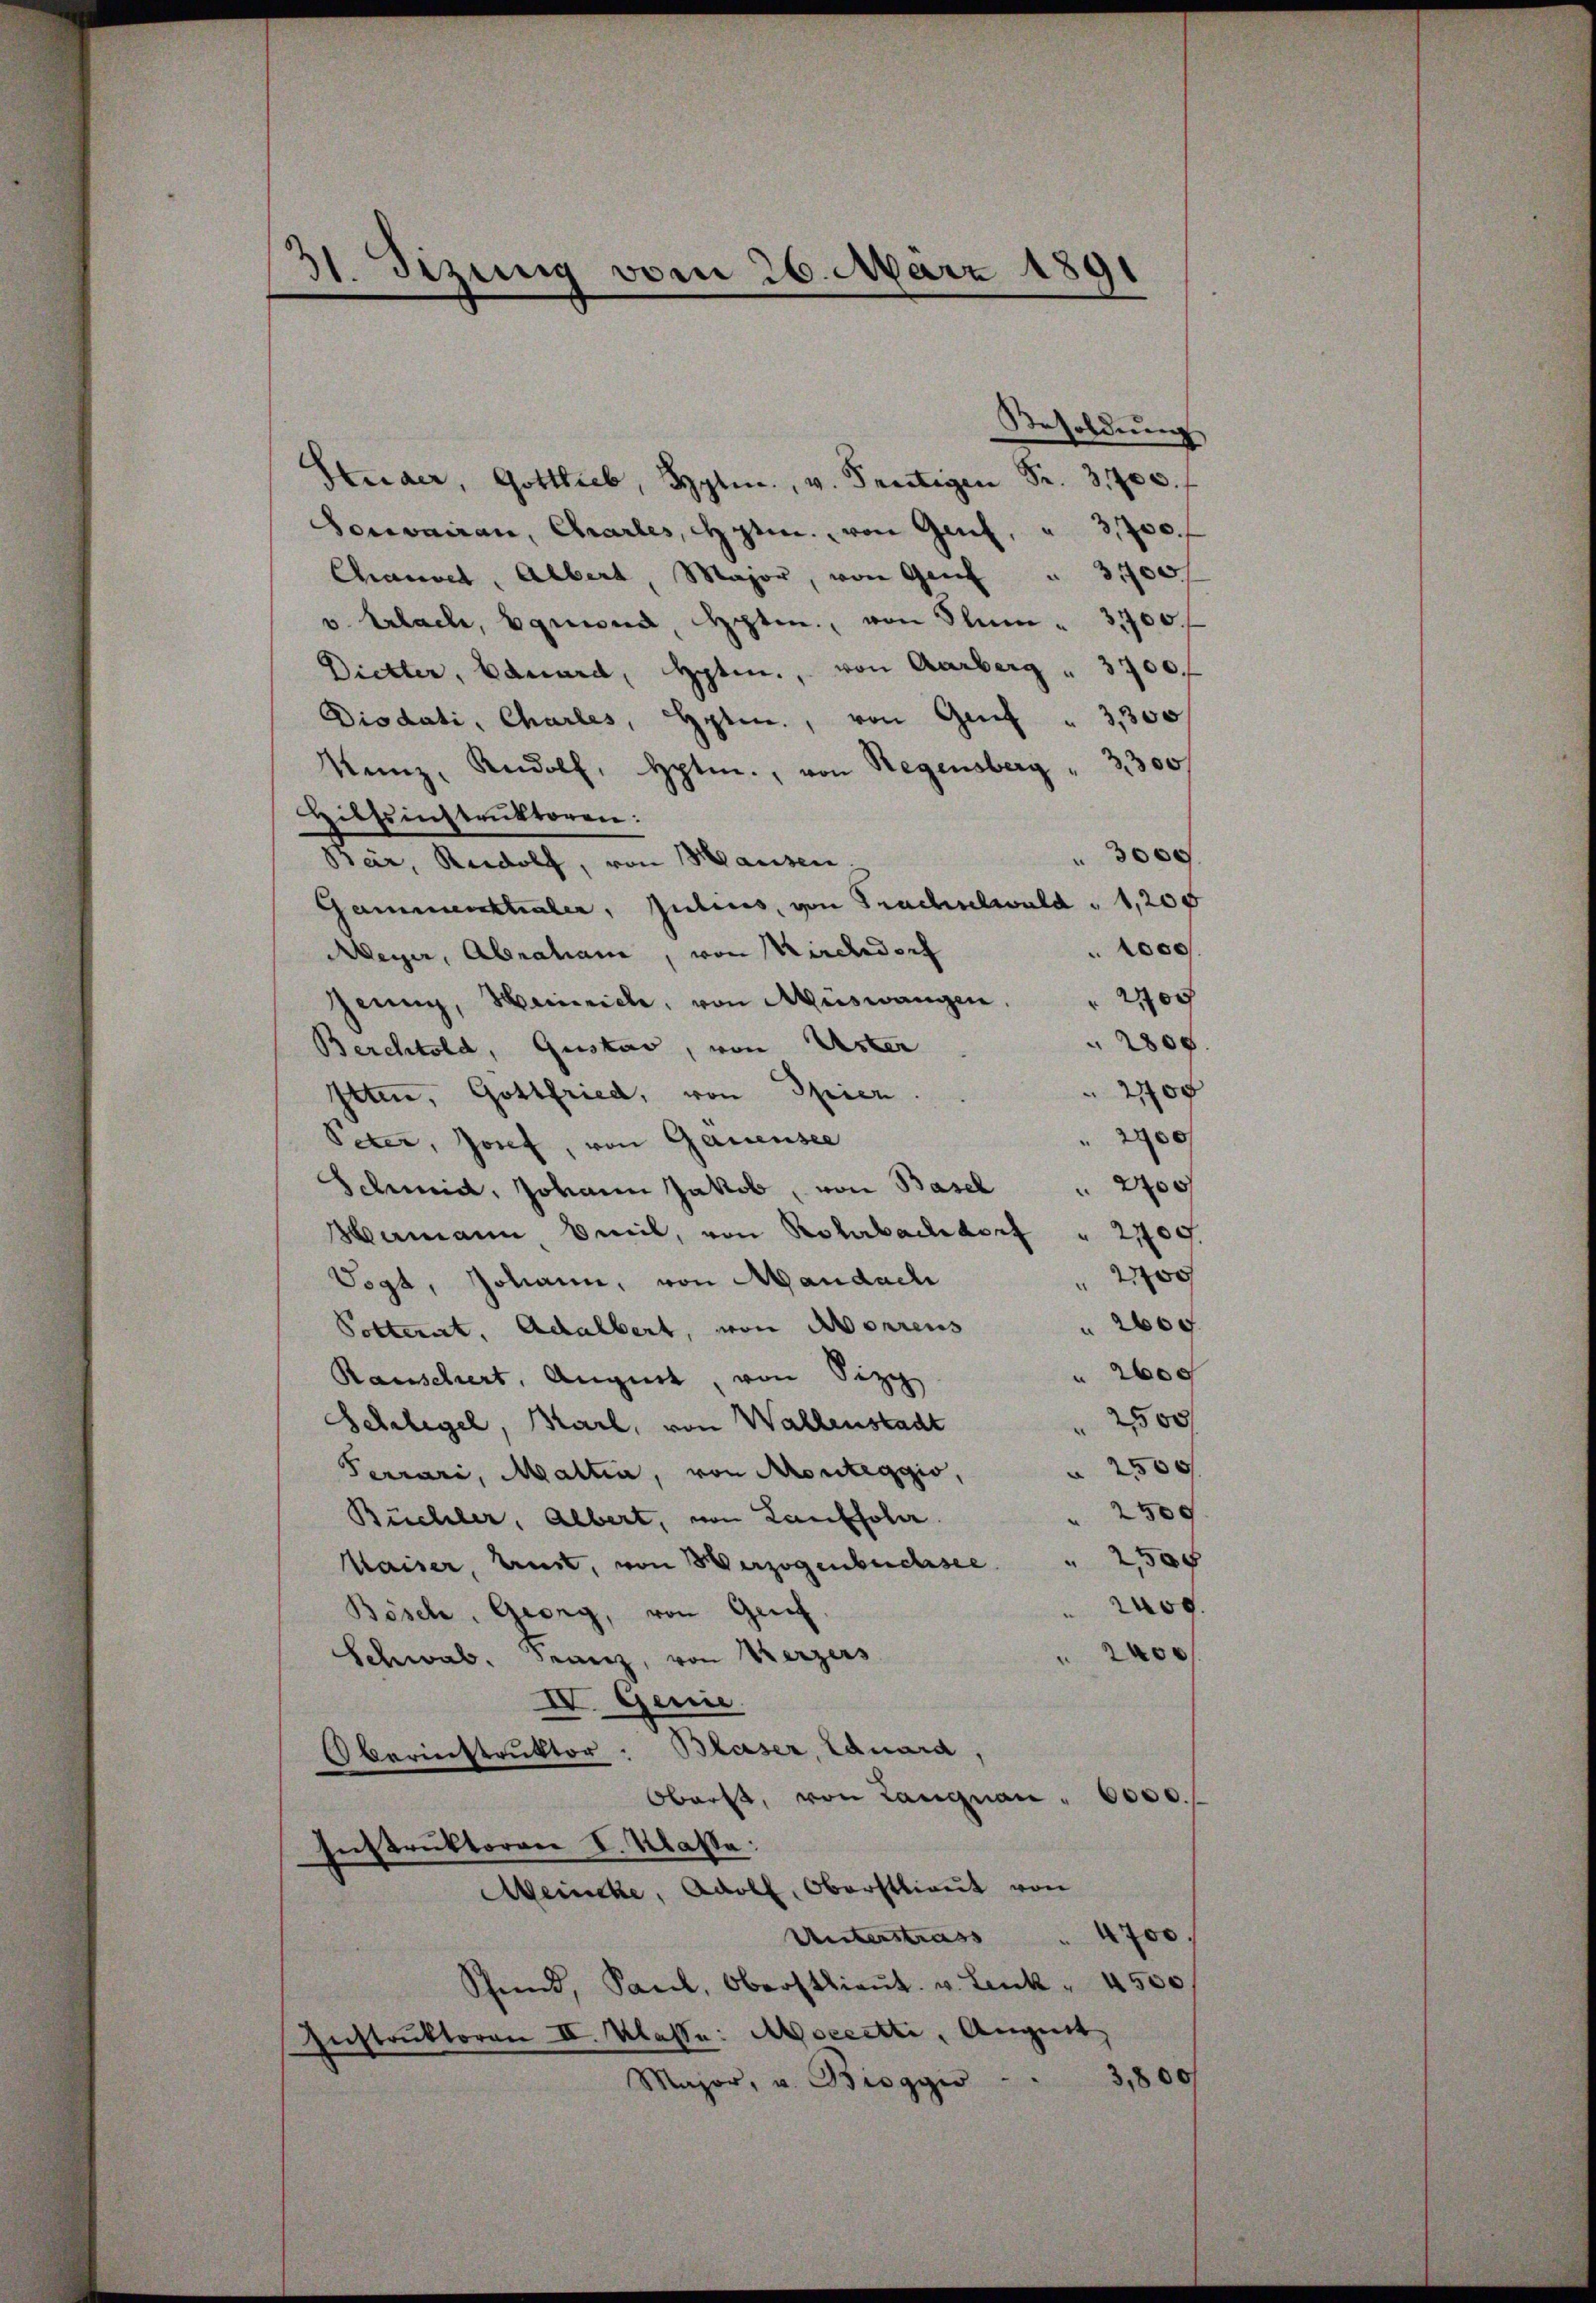
31. Sizung vom 26. März 1891

Besoldŭng
Studer, Gottlieb, Hptm. v. Fertigen Fr. 3,700. f
Sonvairan, Charles, Hptm. von Genf, " 3,700. f
Chausel, Albert Major, von Genf " 300f
u Erlache, Banna, Hpten, von Slum" 3,700.
Dietter, Bauard, Hpten, von Aarberg " 3700.
Diodati, Charles, Helen, von Genf " 3,300
Kenz, Rudolf, Hptm., von Regensberg " 2300f
Hiltsinstruktoren:
3000.
Bär, Rudolf, von Hausen
Gammenstaler, Julius, von Trachselwald " 1,200
1000.
Meyer, Abraham, von Kirchdorf
Genug, Heinrich, von Auswangen. " 2700
 2800.
Berchtold, Gustav, von Uster
2700
Itten, Gottfried, von Spier.
 2900/
Peter, Josef, von Gauensee
Schweid, Johann Jakob, von Basel " 2700
Hamann, weil, von Rohrbachdorf " 21709.
23700
Vogt, Johann, von Mandach
 2600
Potternt, Adalbert, von Mohrens
2600
Rauschert, August von Sizy
 2500
Schelegel, Karl, von Wallenstadt
 2500
Terrari, Mattia, von Monteggio,
 2500
Büchler, Albert, von Lauffole
Maiser, Lust, von Verzogenbuchsee " 2,500
2400.
Bösch, Georg, von Genf
0
Schwab. Franz, von Herzers
IV. Genie
Oberinstruktor: Blaser, Eduard,
Oberst, von Langnau " 6000. f
Instruktoren I. Klasse:
Meincke, Adolf, Oberstlieut von
Unterstrass 4700.
Stand, Paul, Oberstlieŭt. u. Lenk . 4500
Instruktoren II. Klasse: Aoecette, August
3,800
Major, u. Biogyis